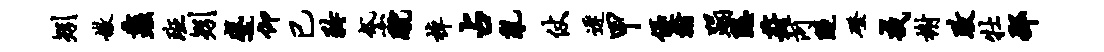
矧嫩蠡班矧蹙仰已矜黛蹴棹占乱仗迟甲优翰蹋隐葑河隧磴戒榭政牡邳